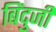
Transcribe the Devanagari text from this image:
बिंदुजी